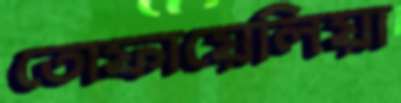
তোফায়েলিয়া